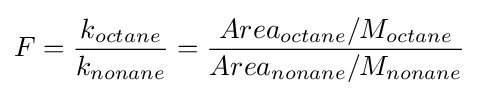
F={k_{octane} \over k_{nonane}}={{Area_{octane}/M_{octane}} \over {Area_{nonane}/M_{nonane}}}